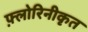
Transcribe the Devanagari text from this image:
फ़्लोरिनीकृत